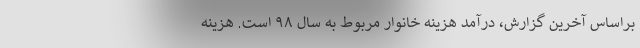
براساس آخرین گزارش، درآمد هزینه خانوار مربوط به سال ۹۸ است. هزینه